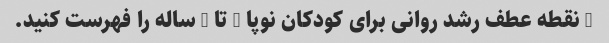
5 نقطه عطف رشد روانی برای کودکان نوپا 1 تا 2 ساله را فهرست کنید.